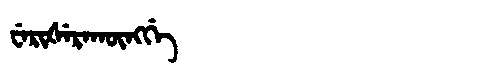
Manchu: ᠸᡝᡵᡳᡧᡝᡵᠠᡴᡡᠩᡤᡝ
Romanization: WERIŠERAKŪNGGE